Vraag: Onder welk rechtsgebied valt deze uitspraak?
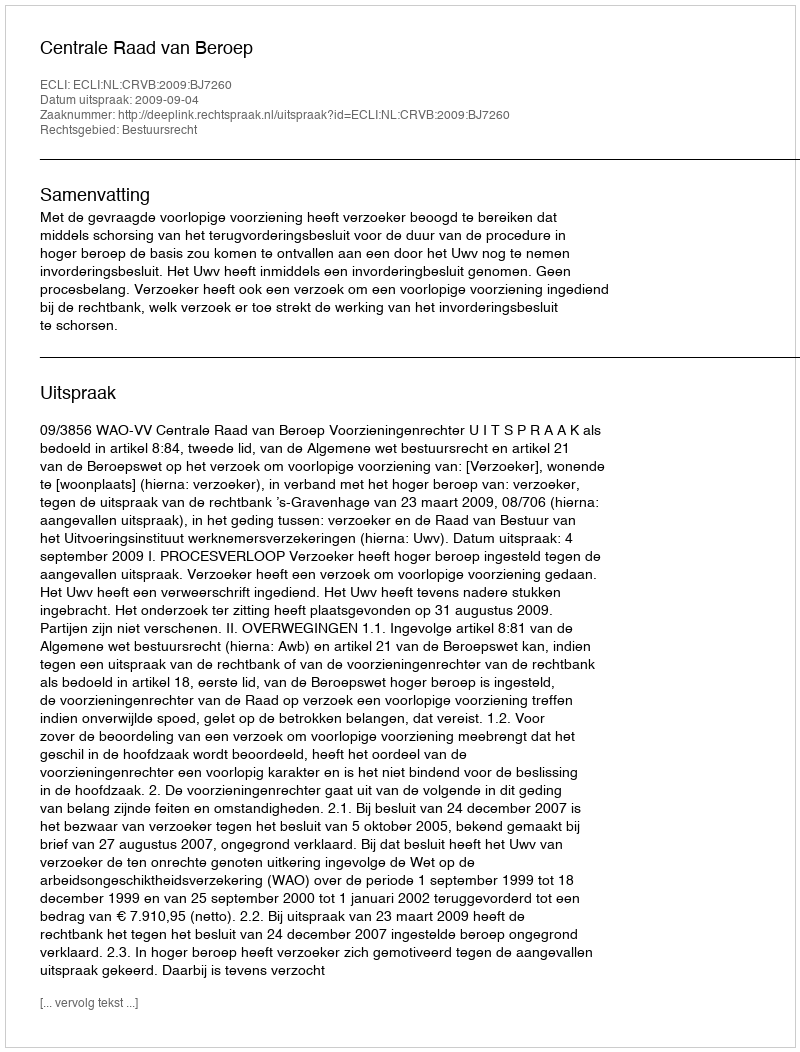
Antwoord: Bestuursrecht